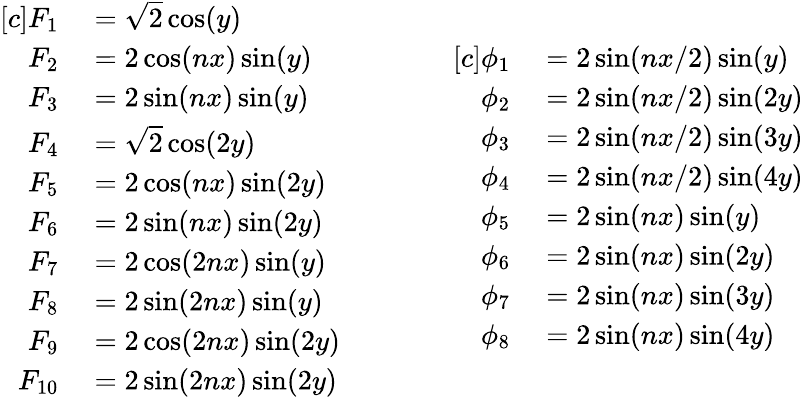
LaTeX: \begin{array}{rl}{[c]F_{1}}&{{}=\sqrt{2}\cos(y)}\\ {F_{2}}&{{}=2\cos(nx)\sin(y)}\\ {F_{3}}&{{}=2\sin(nx)\sin(y)}\\ {F_{4}}&{{}=\sqrt{2}\cos(2y)}\\ {F_{5}}&{{}=2\cos(nx)\sin(2y)}\\ {F_{6}}&{{}=2\sin(nx)\sin(2y)}\\ {F_{7}}&{{}=2\cos(2nx)\sin(y)}\\ {F_{8}}&{{}=2\sin(2nx)\sin(y)}\\ {F_{9}}&{{}=2\cos(2nx)\sin(2y)}\\ {F_{10}}&{{}=2\sin(2nx)\sin(2y)}\end{array}\qquad\qquad\begin{array}{rl}{[c]\phi_{1}}&{{}=2\sin(nx/2)\sin(y)}\\ {\phi_{2}}&{{}=2\sin(nx/2)\sin(2y)}\\ {\phi_{3}}&{{}=2\sin(nx/2)\sin(3y)}\\ {\phi_{4}}&{{}=2\sin(nx/2)\sin(4y)}\\ {\phi_{5}}&{{}=2\sin(nx)\sin(y)}\\ {\phi_{6}}&{{}=2\sin(nx)\sin(2y)}\\ {\phi_{7}}&{{}=2\sin(nx)\sin(3y)}\\ {\phi_{8}}&{{}=2\sin(nx)\sin(4y)}\end{array}